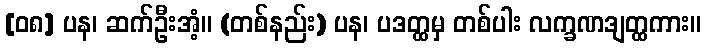
[၀၈] ပန၊ ဆက်ဦးအံ့။ (တစ်နည်း) ပန၊ ပဒတ္ထမှ တစ်ပါး လက္ခဏဒျတ္ထကား။